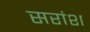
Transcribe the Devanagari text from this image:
सरांश